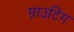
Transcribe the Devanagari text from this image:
ग्राउटिंग